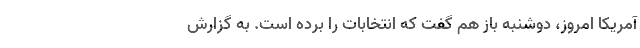
آمریکا امروز،‌ دوشنبه باز هم گفت که انتخابات را برده است. به گزارش